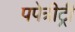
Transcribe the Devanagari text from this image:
पपेत्रीट्री